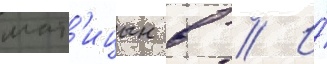
мат'ицын в // И́